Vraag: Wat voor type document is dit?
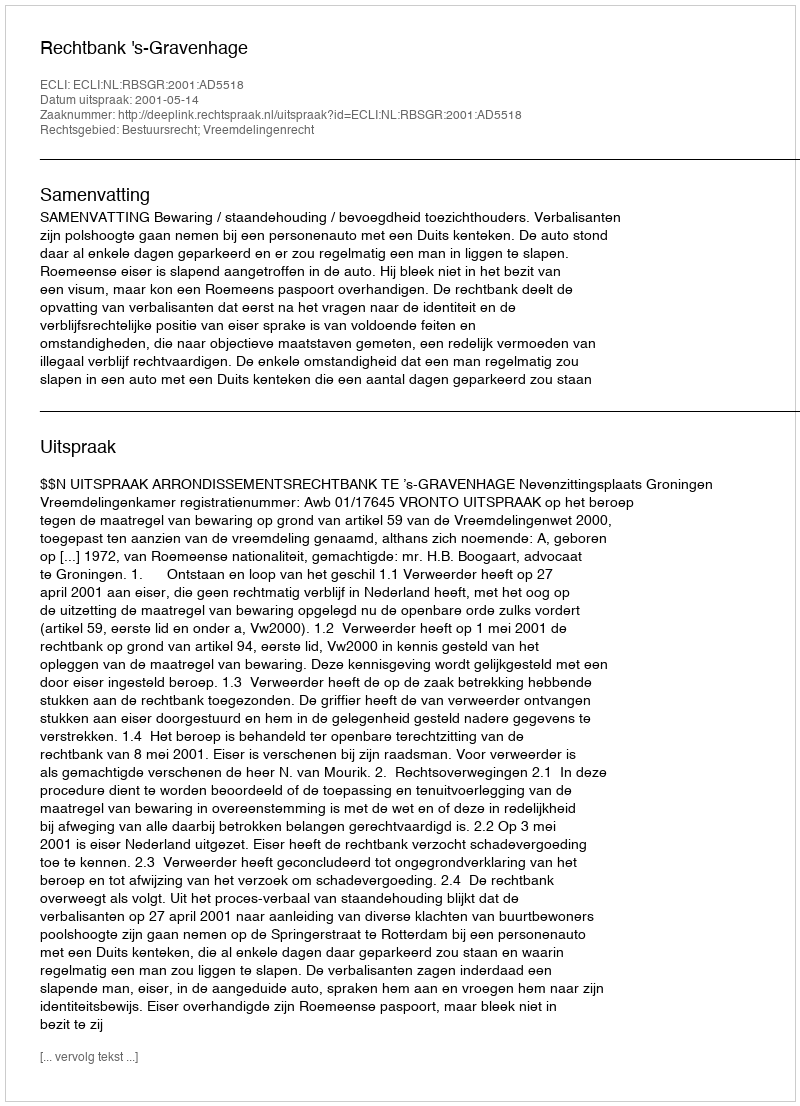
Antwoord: Uitspraak